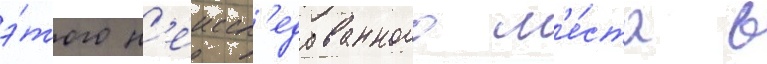
э́того н'еиссл'едованного м'е́ста в